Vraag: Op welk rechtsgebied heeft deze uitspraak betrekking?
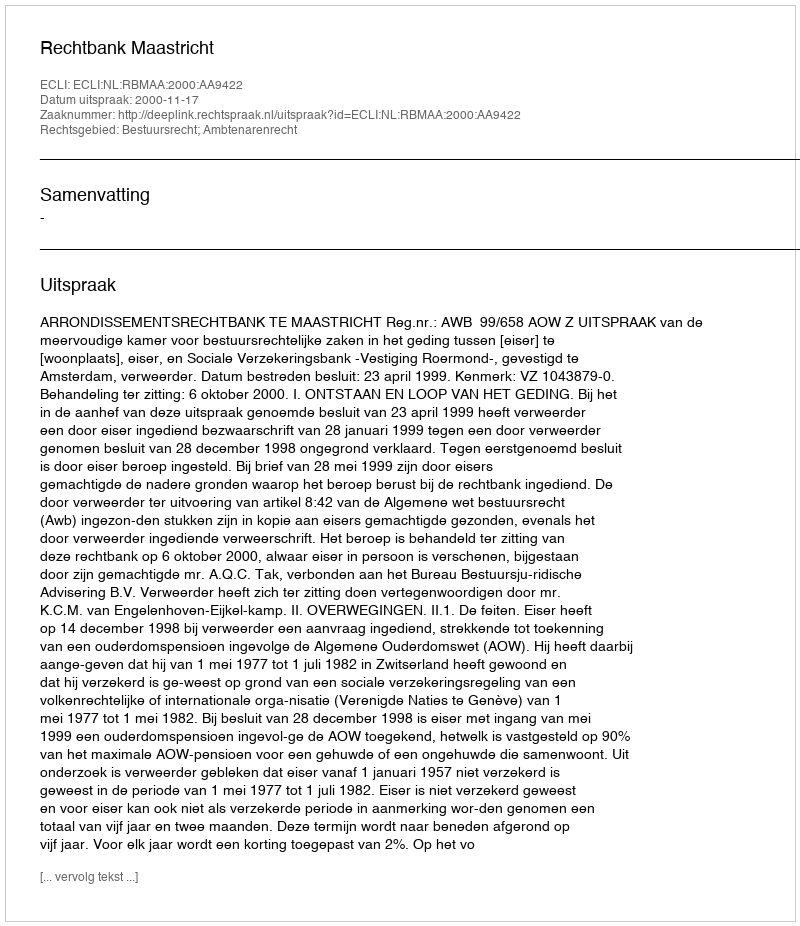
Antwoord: Bestuursrecht; Ambtenarenrecht